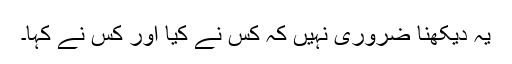
یہ دیکھنا ضروری نہیں کہ کس نے کیا اور کس نے کہا۔